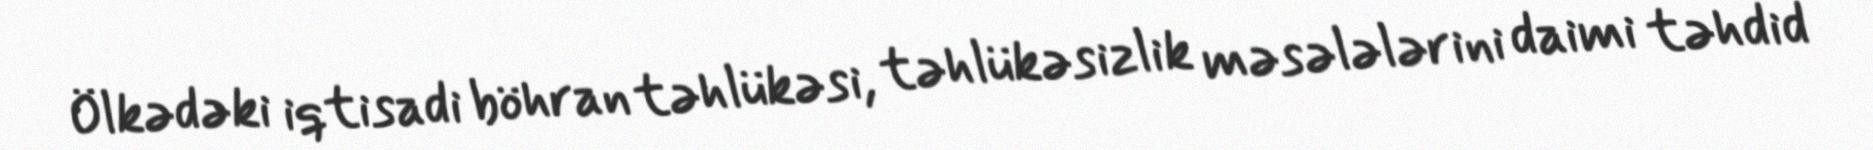
Ölkədəki iqtisadi böhran təhlükəsi, təhlükəsizlik məsələlərini daimi təhdid